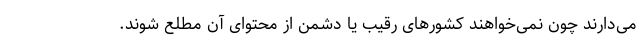
می‌دارند چون نمی‌خواهند کشورهای رقیب یا دشمن از محتوای آن مطلع شوند.